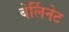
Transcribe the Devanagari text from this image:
बेर्लिनेट